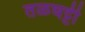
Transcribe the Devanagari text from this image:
तळघट्टी